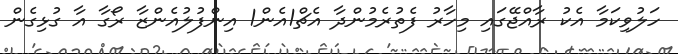
ހަލުވިކަމާ އެކު ރާއްޖޭގައި މިހާރު ފެތުރެމުންދާ އެޗް1އެން1 އިންފުލުއެންޒާ ރޯގާ އާ ގުޅިގެން